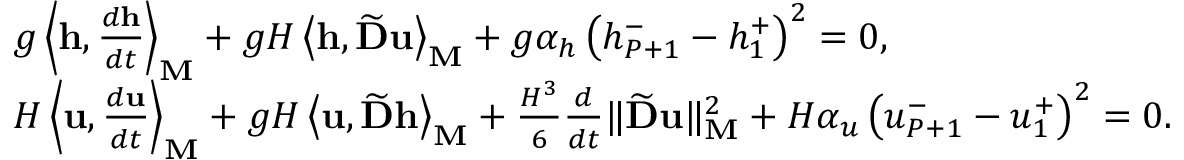
\begin{array} { r l } & { g \left\langle \mathbf { h } , \frac { d \mathbf { h } } { d t } \right\rangle _ { \mathbf { M } } + g H \left\langle \mathbf { h } , \widetilde { \mathbf { D } } \mathbf { u } \right\rangle _ { \mathbf { M } } + g \alpha _ { h } \left( { h } _ { P + 1 } ^ { - } - { h } _ { 1 } ^ { + } \right) ^ { 2 } = 0 , } \\ & { H \left\langle \mathbf { u } , \frac { d \mathbf { u } } { d t } \right\rangle _ { \mathbf { M } } + g H \left\langle \mathbf { u } , \widetilde { \mathbf { D } } \mathbf { h } \right\rangle _ { \mathbf { M } } + \frac { H ^ { 3 } } { 6 } \frac { d } { d t } \| \widetilde { \mathbf { D } } \mathbf { u } \| _ { \mathbf { M } } ^ { 2 } + H \alpha _ { u } \left( { u } _ { P + 1 } ^ { - } - { u } _ { 1 } ^ { + } \right) ^ { 2 } = 0 . } \end{array}